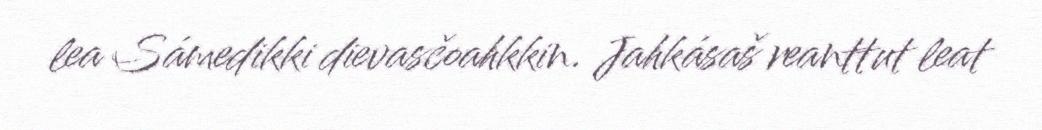
lea Sámedikki dievasčoahkkin. Jahkásaš reanttut leat